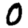
Digit: 0